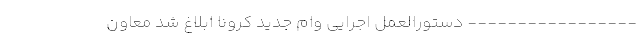
----------------- دستورالعمل اجرایی وام جدید کرونا ابلاغ شد معاون